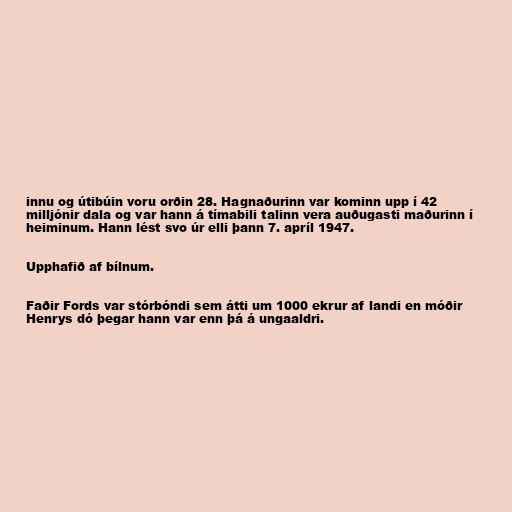
innu og útibúin voru orðin 28. Hagnaðurinn var kominn upp í 42
milljónir dala og var hann á tímabili talinn vera auðugasti maðurinn í
heiminum. Hann lést svo úr elli þann 7. apríl 1947.

Upphafið af bílnum.

Faðir Fords var stórbóndi sem átti um 1000 ekrur af landi en móðir
Henrys dó þegar hann var enn þá á ungaaldri.